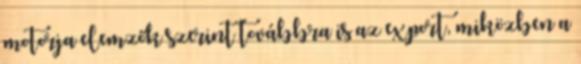
motorja elemzők szerint továbbra is az export, miközben a